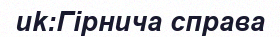
uk:Гірнича справа